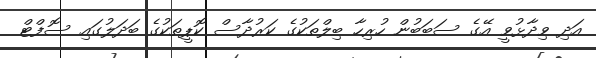
އަދި ވިދާޅުވީ އޭގެ ސަބަބުން ހުރިހާ ބިލްތަކުގެ ކަރުދާސް ކޮޕީތަކުގެ ބަދަލުގައި ސޮފްޓް